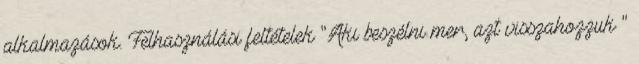
alkalmazások. Felhasználási feltételek "Aki beszélni mer, azt visszahozzuk "